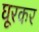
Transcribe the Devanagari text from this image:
घूरकर